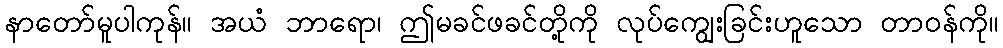
နာတော်မူပါကုန်။ အယံ ဘာရော၊ ဤမခင်ဖခင်တို့ကို လုပ်ကျွေးခြင်းဟူသော တာဝန်ကို။